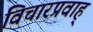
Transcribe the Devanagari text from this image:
विचारप्रवाह्